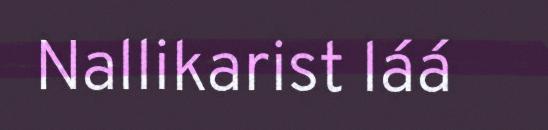
Nallikarist láá